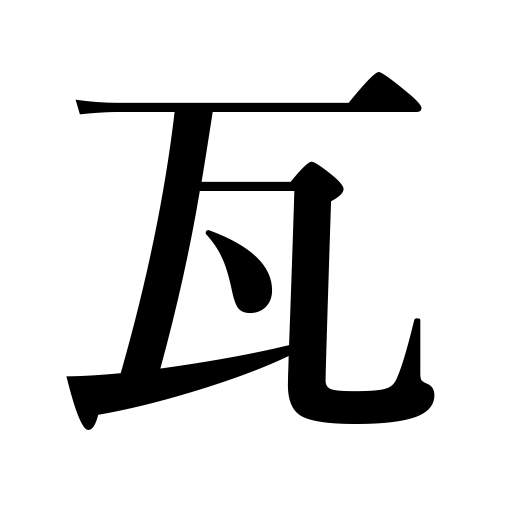
Meanings: tile